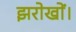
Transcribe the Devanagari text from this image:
झरोखों।